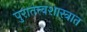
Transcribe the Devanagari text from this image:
पुरातत्त्वशास्त्रात